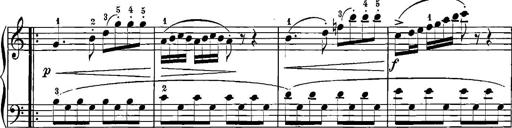
Title: 12 Sonatinas
Composer: Ignaz Pleyel